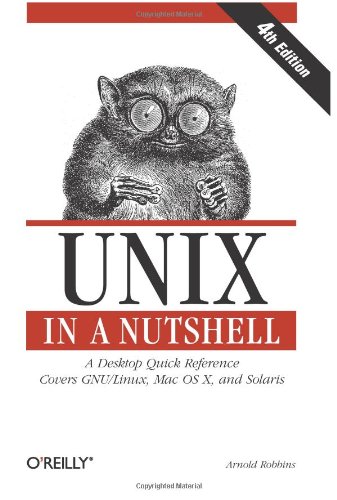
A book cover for Unix in a Nutshell, Fourth Edition; Arnold Robbins; Computers & Technology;